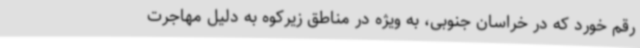
رقم خورد که در خراسان جنوبی، به ویژه در مناطق زیرکوه به دلیل مهاجرت